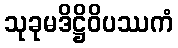
သုခုမဒိဋ္ဌိဝိပဿကံ